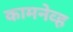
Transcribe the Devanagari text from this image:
कामनेव्ह